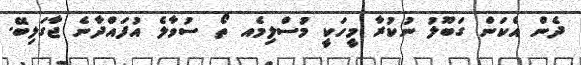
ދެން އެކަން ގަބޫލު ނުކުރާ މީހަކީ މުސްލިމެއ ތޯ ސުވާލެ އުފައްދާނެ ޖާގަލިބޭ.